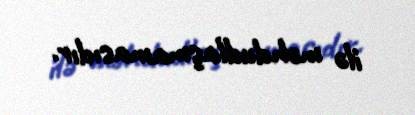
ilə məhdudlaşmamasıdır.